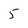
Character: 5